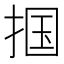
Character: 掴